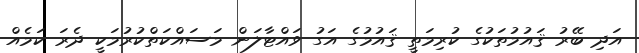
އަދި ބޭރު ޤައުމުތަކުގެ ކުރިމަތީ ޤައުމުގެ އަގު ވައްޓާލަން މަސައްކަތްކުރުމަކީ ދެރަ ކަމެއް